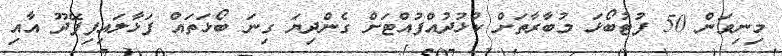
މިނިވަން 50 ފުޓުބޯޅަ މުބާރާތަށް ކުޅުދުއްފުއްޓަށް ގެންދިޔަ ގިނަ ބޯޅަތައް ފަޅާލައިފިފޭދޫ އާއި